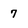
Character: 7